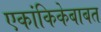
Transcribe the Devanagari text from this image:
एकांकिकेबाबत